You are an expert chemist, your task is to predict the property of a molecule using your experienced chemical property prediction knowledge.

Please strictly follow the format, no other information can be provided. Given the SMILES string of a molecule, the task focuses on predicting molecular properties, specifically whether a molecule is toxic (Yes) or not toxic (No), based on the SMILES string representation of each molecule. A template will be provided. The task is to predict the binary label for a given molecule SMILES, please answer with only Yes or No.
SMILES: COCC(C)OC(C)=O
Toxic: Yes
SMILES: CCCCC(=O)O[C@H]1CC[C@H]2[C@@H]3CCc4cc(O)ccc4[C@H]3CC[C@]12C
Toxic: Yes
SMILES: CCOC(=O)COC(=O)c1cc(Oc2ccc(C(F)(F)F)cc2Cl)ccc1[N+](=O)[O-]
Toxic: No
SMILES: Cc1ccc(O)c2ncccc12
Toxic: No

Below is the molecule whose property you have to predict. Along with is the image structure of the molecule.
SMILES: CCCC[Sn](Cl)(CCCC)CCCC
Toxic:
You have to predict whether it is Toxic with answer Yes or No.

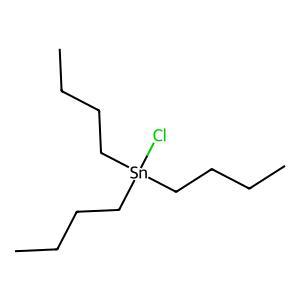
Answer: No